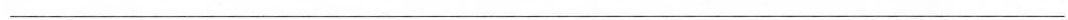
___